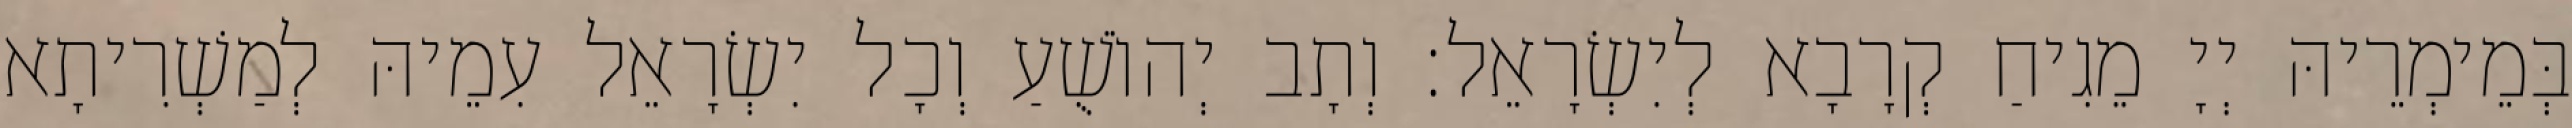
בְּמֵימְרֵיהּ יְיָ מֵגִיחַ קְרָבָא לְיִשְׂרָאֵל׃ וְתָב יְהוֹשֻׁעַ וְכָל יִשְׂרָאֵל עִמֵיהּ לְמַשְׁרִיתָא